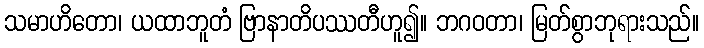
သမာဟိတော၊ ယထာဘူတံ ဗြာနာတိပဿတီဟူ၍။ ဘဂဝတာ၊ မြတ်စွာဘုရားသည်။